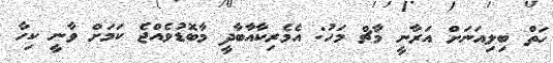
ހަތް ބިލިއަނަށް އަރާނީ މާޗް މަހު: އެމެރިކާއާބާދީ މާބޮޑުވެއްޖެ ކަމަށް ވާނީ ކިހާ